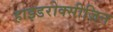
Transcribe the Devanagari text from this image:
हाइडरोक्सीज़िन